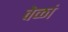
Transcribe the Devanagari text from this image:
वेळां